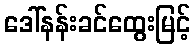
ဒေါ်နန်းခင်ထွေးမြင့်